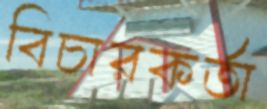
বিচারকর্তা